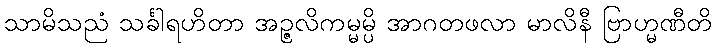
သာမိသညံ သင်္ခါရဟိတာ အဉ္ဇလိကမ္မမ္ပိ အာဂတဖလာ မာလိနီ ဗြာဟ္မဏီတိ